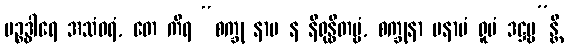
ပဉ္စဒွါရေ အသံဝရံ, တေ ကိရ “စက္ခု နာမ န နိရုန္ဓိတဗ္ဗံ, စက္ခုနာ မနာပံ ရူပံ ဒဋ္ဌဗ္ဗ”န္တိ